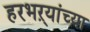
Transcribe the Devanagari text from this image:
हरभऱ्यांच्या